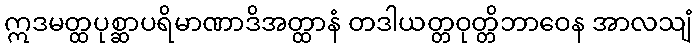
ဣဒမတ္ထပုစ္ဆာပရိမာဏာဒိအတ္ထာနံ တဒါယတ္တဝုတ္တိဘာဝေန အာလသျံ